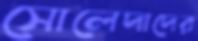
সোলেদাদের